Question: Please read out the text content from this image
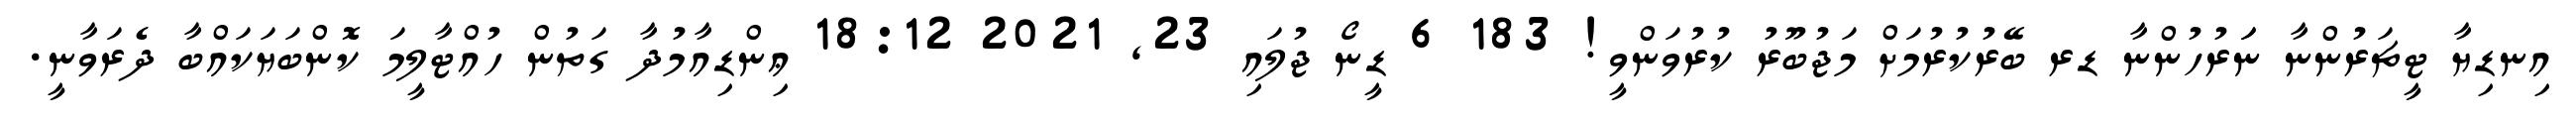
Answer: އިނޑިޔާ ޓީޗަރުންނާ ނަަރުހުންނާ ޑރ ބޭރުކުރުމަށް މަޖުބޫރު ކުރުވަންވީ! 183 6 ޑީނޯ ޖުލައި 23, 2021 18:12 ޢިންޑިއާމުދާ ގަތުން ހުއްޓާލީމަ ކޮންބަޔަކައްބާ ދެރަވާނީ.